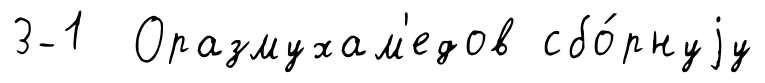
3-1 Оразмухам'едов сбо́рнуjу